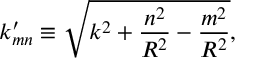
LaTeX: k _ { m n } ^ { \prime } \equiv \sqrt { k ^ { 2 } + \frac { n ^ { 2 } } { R ^ { 2 } } - \frac { m ^ { 2 } } { R ^ { 2 } } } ,